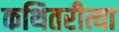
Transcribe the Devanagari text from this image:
कथितरीत्या